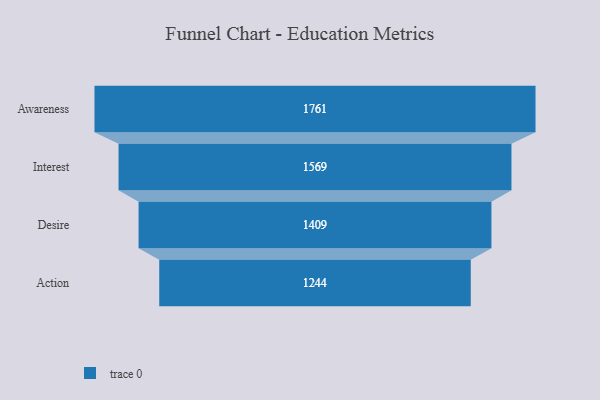
{"axis": {"x": "Stage", "y": "Value"}, "legend": [""], "data": [{"x": "Awareness", "y": 1761.0, "type": ""}, {"x": "Interest", "y": 1569.0, "type": ""}, {"x": "Desire", "y": 1409.0, "type": ""}, {"x": "Action", "y": 1244.0, "type": ""}]}